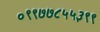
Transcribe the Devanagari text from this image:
०९९७७८५५३९९